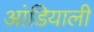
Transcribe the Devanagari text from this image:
आंडियाली